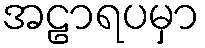
အဠာရပမှာ